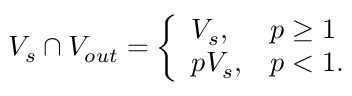
V _ { s } \cap V _ { o u t } = \left\{ \begin{array} { l l } { V _ { s } , } & { p \ge 1 } \\ { p V _ { s } , } & { p < 1 . } \end{array} \right.